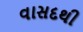
વાસદથી